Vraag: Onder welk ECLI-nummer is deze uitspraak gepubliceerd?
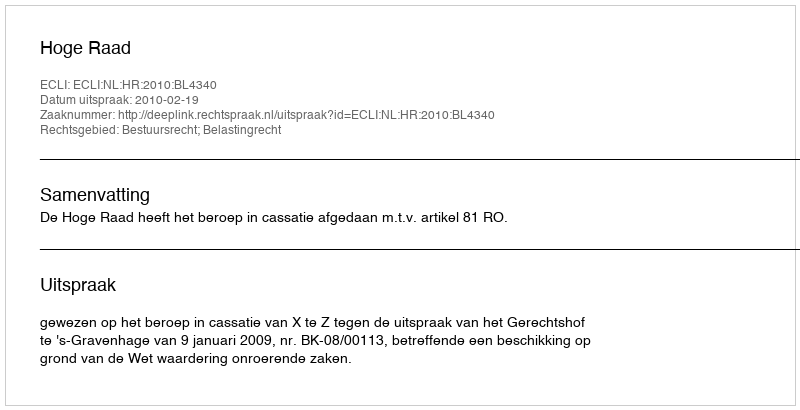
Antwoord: ECLI:NL:HR:2010:BL4340